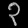
Digit: ၃